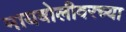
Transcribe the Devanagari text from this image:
मायबोलीवरच्या